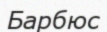
Барбюс